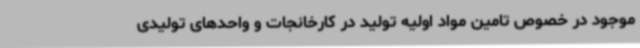
موجود در خصوص تامین مواد اولیه تولید در کارخانجات و واحدهای تولیدی